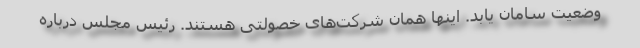
وضعیت سامان یابد. اینها همان شرکت‌های خصولتی هستند. رئیس مجلس درباره